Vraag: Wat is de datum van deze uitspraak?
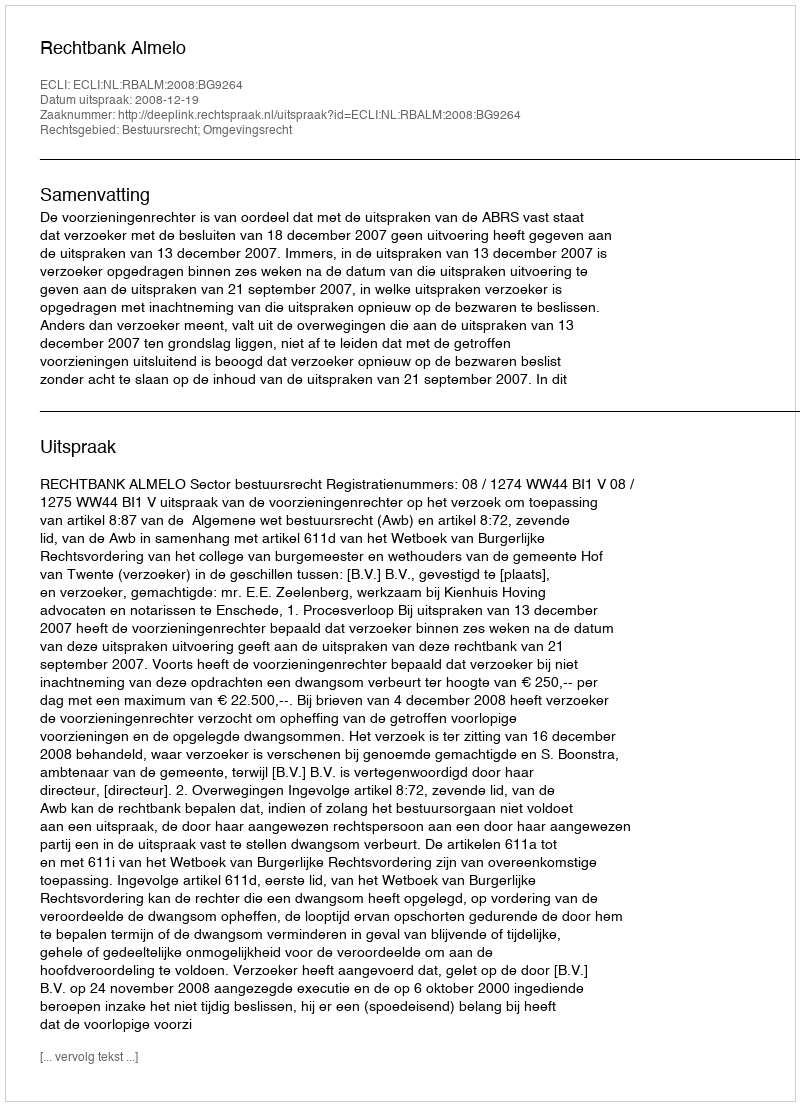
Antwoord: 2008-12-19